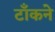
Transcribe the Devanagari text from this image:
टाँकने